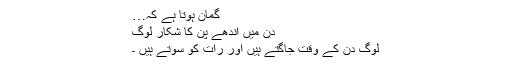
گمان ہوتا ہے کہ…
دن میں اندھے پن کا شکار لوگ
لوگ دن کے وقت جاگتے ہیں اور رات کو سوتے ہیں ۔